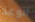
الوعد